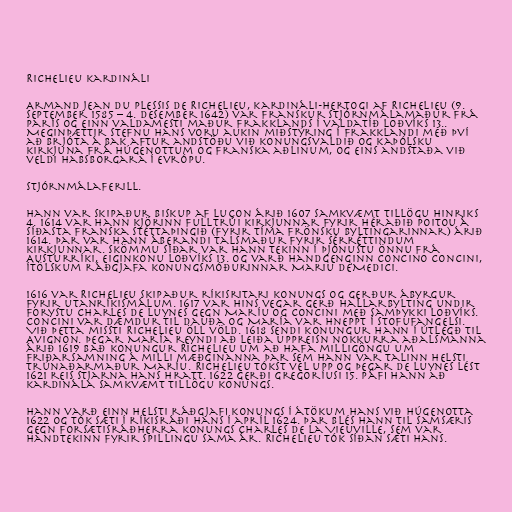
Richelieu kardináli

Armand Jean du Plessis de Richelieu, kardináli-hertogi af Richelieu (9.
september 1585 – 4. desember 1642) var franskur stjórnmálamaður frá
París og einn valdamesti maður Frakklands í valdatíð Loðvíks 13..
Meginþættir stefnu hans voru aukin miðstýring í Frakklandi með því
að brjóta á bak aftur andstöðu við konungsvaldið og kaþólsku
kirkjuna frá húgenottum og franska aðlinum, og eins andstaða við
veldi Habsborgara í Evrópu.

Stjórnmálaferill.

Hann var skipaður biskup af Luçon árið 1607 samkvæmt tillögu Hinriks
4. 1614 var hann kjörinn fulltrúi kirkjunnar fyrir héraðið Poitou á
síðasta franska stéttaþingið (fyrir tíma Frönsku byltingarinnar) árið
1614. Þar var hann áberandi talsmaður fyrir sérréttindum
kirkjunnar. Skömmu síðar var hann tekinn í þjónustu Önnu frá
Austurríki, eiginkonu Loðvíks 13. og varð handgenginn Concino Concini,
ítölskum ráðgjafa konungsmóðurinnar Mariu de'Medici.

1616 var Richelieu skipaður ríkisritari konungs og gerður ábyrgur
fyrir utanríkismálum. 1617 var hins vegar gerð hallarbylting undir
forystu Charles de Luynes gegn Maríu og Concini með samþykki Loðvíks.
Concini var dæmdur til dauða og María var hneppt í stofufangelsi.
Við þetta missti Richelieu öll völd. 1618 sendi konungur hann í útlegð til
Avignon. Þegar María reyndi að leiða uppreisn nokkurra aðalsmanna
árið 1619 bað konungur Richelieu um að hafa milligöngu um
friðarsamning á milli mæðginanna þar sem hann var talinn helsti
trúnaðarmaður Maríu. Richelieu tókst vel upp og þegar de Luynes lést
1621 reis stjarna hans hratt. 1622 gerði Gregoríusi 15. páfi hann að
kardinála samkvæmt tillögu konungs.

Hann varð einn helsti ráðgjafi konungs í átökum hans við húgenotta
1622 og tók sæti í ríkisráði hans í apríl 1624. Þar blés hann til samsæris
gegn forsætisráðherra konungs Charles de La Vieuville, sem var
handtekinn fyrir spillingu sama ár. Richelieu tók síðan sæti hans.